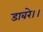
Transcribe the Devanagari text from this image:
डाबरे।।